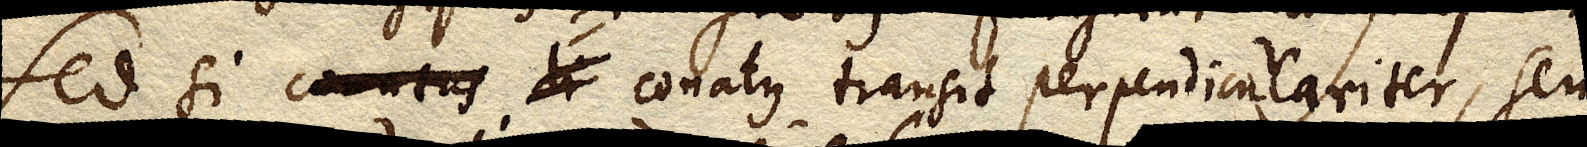
Sed si conatus tr conatus transit perpendiculariter, seu